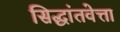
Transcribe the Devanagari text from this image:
सिद्धांतवेत्ता